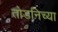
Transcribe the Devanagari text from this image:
तोडनिच्या